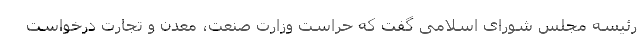
رئیسه مجلس شورای اسلامی گفت که حراست وزارت صنعت، معدن و تجارت درخواست